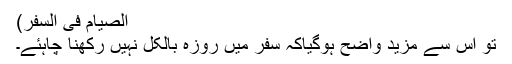
الصیام فی السفر)
تو اس سے مزید واضح ہوگیاکہ سفر میں روزہ بالکل نہیں رکھنا چاہئے۔